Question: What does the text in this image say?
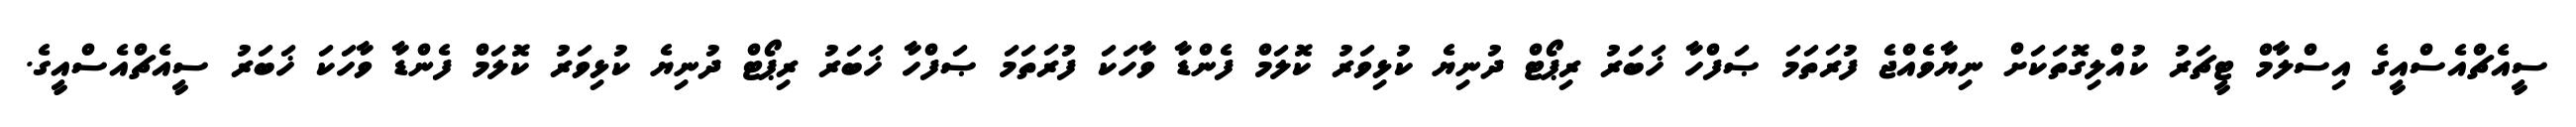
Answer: ސީއެޗްއެސްއީގެ އިސްލާމް ޓީޗަރު ކުއްލިގޮތަކަށް ނިޔާވެއްޖެ ފުރަތަމަ ޞަފްހާ ޚަބަރު ރިޕޯޓް ދުނިޔެ ކުޅިވަރު ކޮލަމް ފެންޑާ ވާހަކަ ފުރަތަމަ ޞަފްހާ ޚަބަރު ރިޕޯޓް ދުނިޔެ ކުޅިވަރު ކޮލަމް ފެންޑާ ވާހަކަ ޚަބަރު ސީއެޗްއެސްއީގެ.